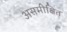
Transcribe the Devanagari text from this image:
असमीक्षित